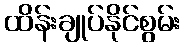
ထိန်းချုပ်နိုင်စွမ်း